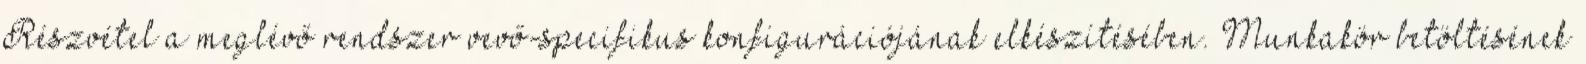
Részvétel a meglévő rendszer vevő-specifikus konfigurációjának elkészítésében. Munkakör betöltésének